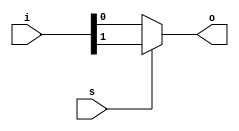
module mux2in4(input [1:0] i, input s, output o);
    assign o = s ? i[1] : i[0];
endmodule